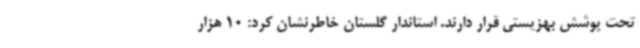
تحت پوشش بهزیستی قرار دارند. استاندار گلستان خاطرنشان کرد: 10 هزار